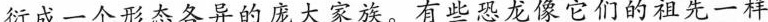
衍成一个形态各异的庞大家族。有些恐龙像它们的祖先一样